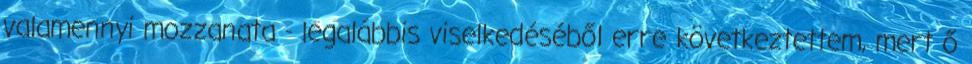
valamennyi mozzanata - legalábbis viselkedéséből erre következtettem, mert ő